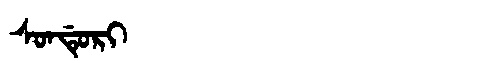
Manchu: ᠰᠣᠨᡩᡠᡵᡳ
Romanization: SONDURI